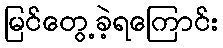
မြင်တွေ့ခဲ့ရကြောင်း